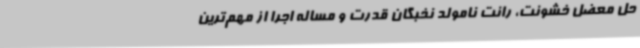
حل معضل خشونت، ‌رانت نامولد نخبگان قدرت و مساله اجرا از مهم‌ترین